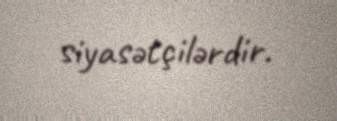
siyasətçilərdir.